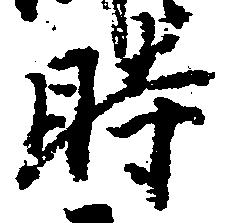
時